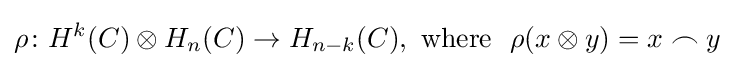
\rho \colon H^{k}(C)\otimes H_{n}(C)\to H_{n-k}(C),\ {\text{where}}\ \ \rho (x\otimes y)=x\frown y